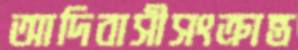
আদিবাসীসংক্রান্ত